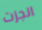
انجزت